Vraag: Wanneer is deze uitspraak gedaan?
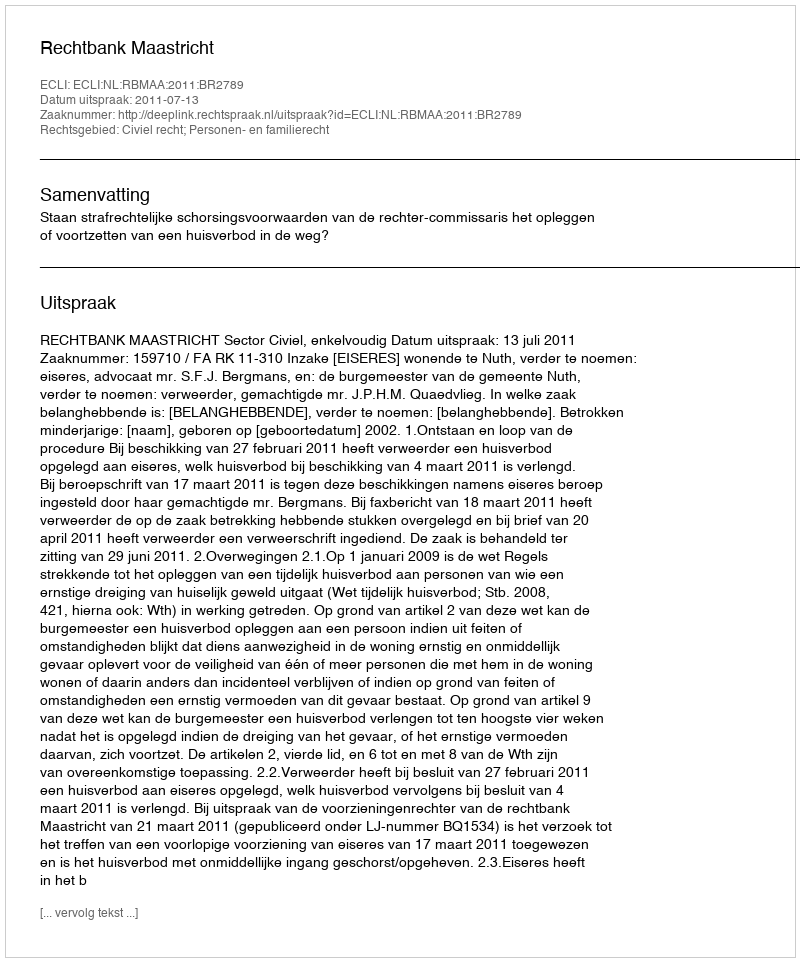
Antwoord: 2011-07-13